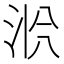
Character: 𱦎